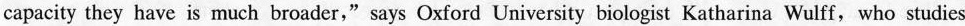
capacity they have is much broader,” says Oxford University biologist Katharina Wulff, who studies